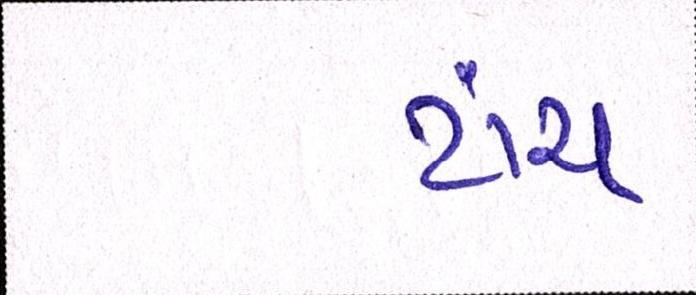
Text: ટાંચ